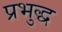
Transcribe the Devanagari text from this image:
प्रभुद्ध